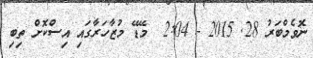
ނޮވެމްބަރު 28